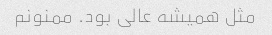
مثل همیشه عالی بود. ممنونم‌